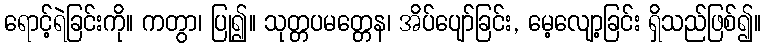
ရောင့်ရဲခြင်းကို။ ကတွာ၊ ပြု၍။ သုတ္တပမတ္တေန၊ အိပ်ပျော်ခြင်း, မေ့လျော့ခြင်း ရှိသည်ဖြစ်၍။